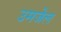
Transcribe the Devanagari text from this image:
उमजेल